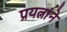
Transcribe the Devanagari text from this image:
प्रयत्नांने